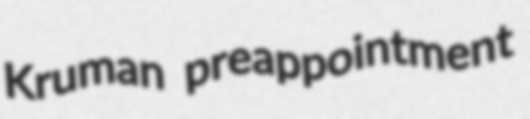
Kruman preappointment